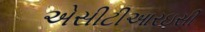
એસીટીઆરઇસી